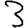
Digit: 3